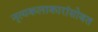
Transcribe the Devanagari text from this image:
नृत्यकलाकारांसोबत